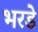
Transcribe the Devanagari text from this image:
भरडे